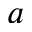
a